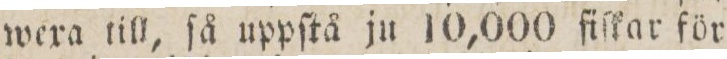
wexa till, ſå uppſtå ju 10,000 fiſkar för